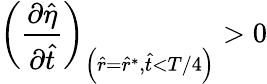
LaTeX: \left(\frac{\partial\hat{\eta}}{\partial\hat{t}}\right)_{\left(\hat{r}=\hat{r}^{*},\hat{t}<T/4\right)}>0